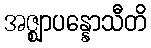
အဇ္ဈာပန္နောသီတိ